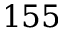
1 5 5